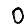
Digit: 0